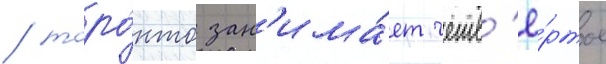
/ торо́нто зан'има́ет четв'ё́ртое